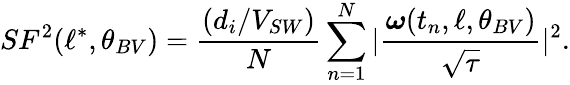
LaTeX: SF^{2}(\ell^{\ast},\theta_{BV})=\frac{(d_{i}/V_{SW})}{N}\sum_{n=1}^{N}|\frac{\boldsymbol{\omega}(t_{n},\ell,\theta_{BV})}{\sqrt{\tau}}|^{2}.